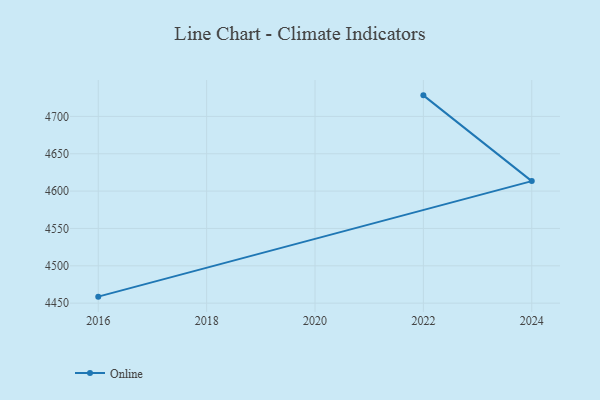
{"axis": {"x": "Year", "y": "Inventory Turnover"}, "legend": ["Online"], "data": [{"x": "2022", "y": 4728.2, "type": "Online"}, {"x": "2024", "y": 4613.4, "type": "Online"}, {"x": "2016", "y": 4458.7, "type": "Online"}]}